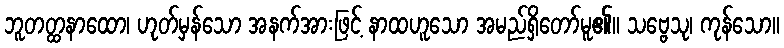
ဘူတတ္ထနာထော၊ ဟုတ်မှန်သော အနက်အားဖြင့် နာထဟူသော အမည်ရှိတော်မူ၏။ သဗ္ဗေသု၊ ကုန်သော။